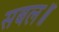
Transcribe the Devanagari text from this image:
सबल॥